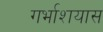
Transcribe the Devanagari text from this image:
गर्भाशयास